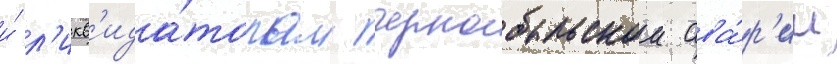
и́ л'икв'ида́торам чернобыльскои ава́р'ии